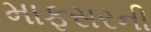
માફસરની